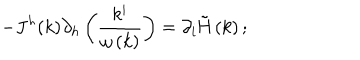
LaTeX: - J ^ { h } ( k ) \partial _ { h } \left( \frac { k ^ { i } } { \omega \left( k \right) } \right) = \partial _ { i } \mathrm { \tilde { H } } \left( k \right) ;